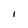
Character: i